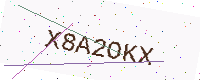
Text: X8A2OKX